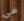
في